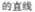
的直线